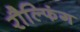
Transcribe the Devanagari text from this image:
रौल्फिंग